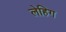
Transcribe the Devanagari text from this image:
लेहिग